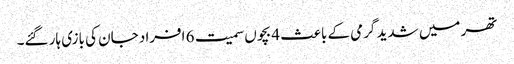
تھر میں شدید گرمی کے باعث 4 بچوں سمیت 6 افراد جان کی بازی ہار گئے۔